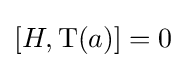
[H,\operatorname {T} (a)]=0